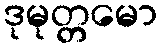
ဒုမုတ္တမော